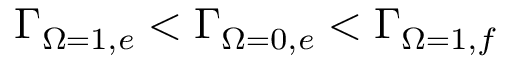
\ensuremath { \Gamma } _ { \ensuremath { \Omega } = 1 , e } < \ensuremath { \Gamma } _ { \ensuremath { \Omega } = 0 , e } < \ensuremath { \Gamma } _ { \ensuremath { \Omega } = 1 , f }